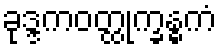
ခုဒ္ဒကဝတ္ထုက္ခန္ဓကံ